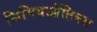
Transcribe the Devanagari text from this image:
सिमियऑटिक्स